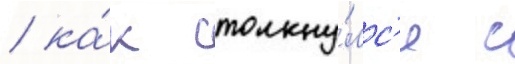
/ ка́к столкну́лс'я с